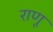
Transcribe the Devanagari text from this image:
राणू